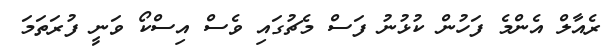
ރެއާލް އެންމެ ފަހުން ކުޅުނު ފަސް މެޗުގައި ވެސް އިސްކޯ ވަނީ ފުރަތަމަ